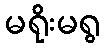
မရိုးမရွ